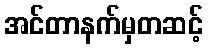
အင်တာနက်မှတဆင့်